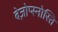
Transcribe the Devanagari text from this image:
बेज़ोप्स्नोस्ति